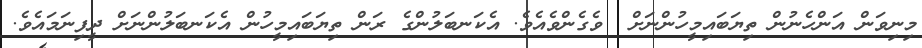
މިނިވަން އަންހެނުން ތިޔަބައިމީހުންނަށް  ވެގެންވެއެވެ. އެކަނބަލުންގެ ރަން ތިޔަބައިމީހުން އެކަނބަލުންނަށް ދީފިނަމައެވެ.